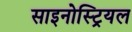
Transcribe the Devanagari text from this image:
साइनोस्ट्रियल